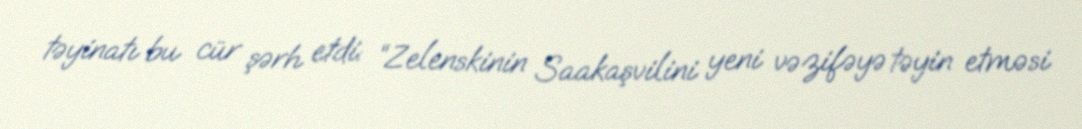
təyinatı bu cür şərh etdi: “Zelenskinin Saakaşvilini yeni vəzifəyə təyin etməsi